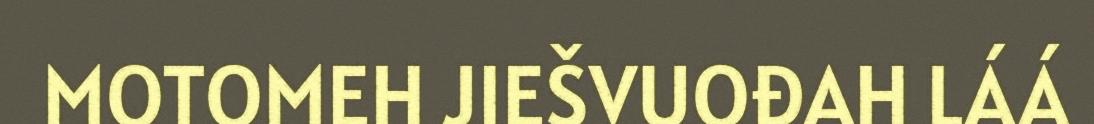
MOTOMEH JIEŠVUOĐAH LÁÁ